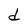
Character: d